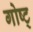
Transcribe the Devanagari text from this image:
गोष्ट्